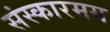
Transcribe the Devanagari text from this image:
संस्कारमय